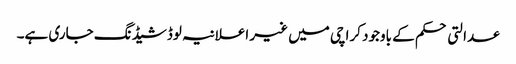
عدالتی حکم کے باوجود کراچی میں غیر اعلانیہ لوڈشیڈنگ جاری ہے۔